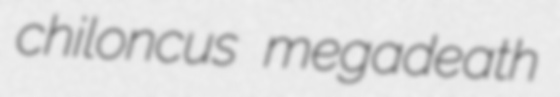
chiloncus megadeath